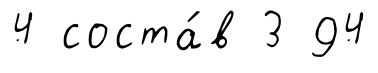
4 соста́в 3 94